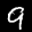
Label: 9